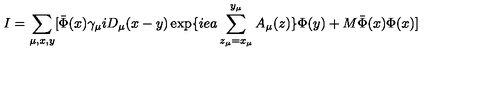
I = \sum _ { \mu , x , y } [ \bar { \Phi } ( x ) \gamma _ { \mu } i D _ { \mu } ( x - y ) \exp \{ i e a \sum _ { z _ { \mu } = x _ { \mu } } ^ { y _ { \mu } } A _ { \mu } ( z ) \} \Phi ( y ) + M \bar { \Phi } ( x ) \Phi ( x ) ]